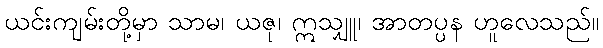
ယင်းကျမ်းတို့မှာ သာမ၊ ယဇု၊ ဣသျှူ၊ အာတပ္ပန ဟူလေသည်။